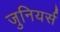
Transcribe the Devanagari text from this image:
जुनियर्स